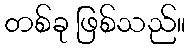
တစ်ခု ဖြစ်သည်။